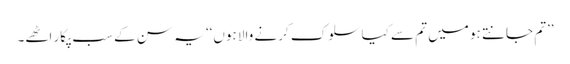
’’تم جانتے ہو میں تم سے کیا سلوک کرنے والا ہوں‘‘ یہ سن کے سب پکار اٹھے۔